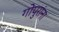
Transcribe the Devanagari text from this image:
गोपुरांना